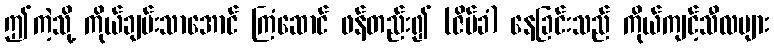
ဤကဲ့သို့ ကိုယ်ချမ်းသာအောင် ကြံဆောင် ဖန်တည်း၍ (ဇိမ်ခံ) နေခြင်းသည် ကိုယ်ကျင့်သီလများ